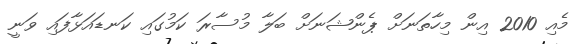
މެއި 2010 އިން މިހާތަނަށް ޕެންޝަނަށް ބަލާ މުސާރަ ކަމުގައި ކަނޑައަޅާފައި ވަނީ